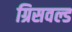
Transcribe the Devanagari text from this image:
ग्रिसवल्ड